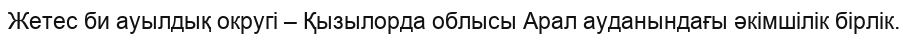
Жетес би ауылдық округі – Қызылорда облысы Арал ауданындағы әкімшілік бірлік.